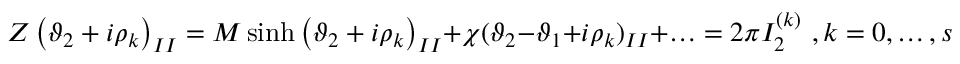
Z \left( \vartheta _ { 2 } + i \rho _ { k } \right) _ { I I } = M \sinh \left( \vartheta _ { 2 } + i \rho _ { k } \right) _ { I I } + \chi ( \vartheta _ { 2 } - \vartheta _ { 1 } + i \rho _ { k } ) _ { I I } + \ldots = 2 \pi I _ { 2 } ^ { ( k ) } \, \, , k = 0 , \ldots , s